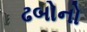
ઢબોનો